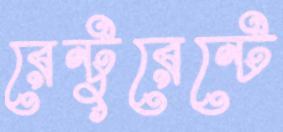
রেন্টুরেন্টে